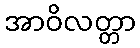
အာဝိလတ္တာ